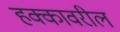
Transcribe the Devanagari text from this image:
हक्कावरील